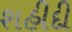
શહીદી